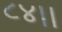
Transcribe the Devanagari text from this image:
८४।।